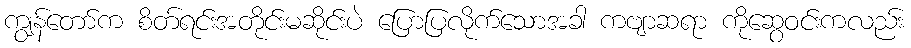
ကျွန်တော်က စိတ်ရင်းအတိုင်းမဆိုင်းပဲ ပြောပြလိုက်သောအခါ ကဗျာဆရာ ကိုဆွေဝင်းကလည်း